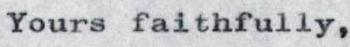
Yours faithfully,